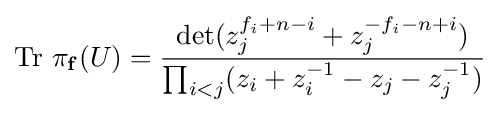
\operatorname {Tr} \,\pi _{\mathbf {f} }(U)={\det(z_{j}^{f_{i}+n-i}+z_{j}^{-f_{i}-n+i}) \over \prod _{i<j}(z_{i}+z_{i}^{-1}-z_{j}-z_{j}^{-1})}